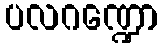
ပလဂဏ္ဍော